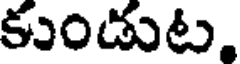
కుండుట,